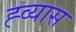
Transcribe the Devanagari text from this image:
ह्व्यास